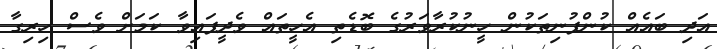
އަދި ބައެއް ކުންފުނިތަކުން ހީނުކުރާވަރުގެ ބޮޑެތި އެހީތައް ވެދީފައިވާ ކަމަށް ވެސް ހިރިގާ